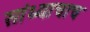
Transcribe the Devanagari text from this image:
सांध्याचाच